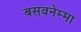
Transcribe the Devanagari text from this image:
बसवनेम्मा